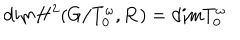
LaTeX: \mathrm { d i m } H ^ { 2 } ( G / T _ { 0 } ^ { \omega } , { \bf R } ) = \mathrm { d i m } T _ { 0 } ^ { \omega }